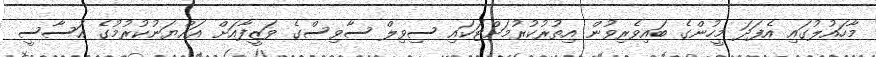
މާހައުލުގައި އެފަދަ މީހުންގެ ބައިވެރިވުން އިތުރުކުރުމަށްޓަކައި ސިވިލް ސާވިސްގެ ވަޒީފާއަށް އައްޔަނުކުރުމުގެ އަސާސީ